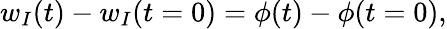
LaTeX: w_{I}(t)-w_{I}(t=0)=\phi(t)-\phi(t=0),